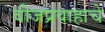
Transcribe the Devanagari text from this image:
वीजप्रवाहाचे